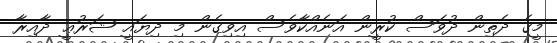
މީގެ ދެތިން ދުވަސް ކުރީން އަނެއްކާވެސް އިވިގެން މި ދިޔައީ ޝަރުޢީ ދާއިރާ